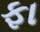
ફા